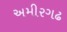
અમીરગઢ